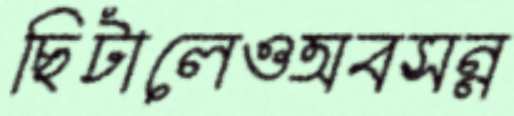
ছিটালেওঅবসন্ন